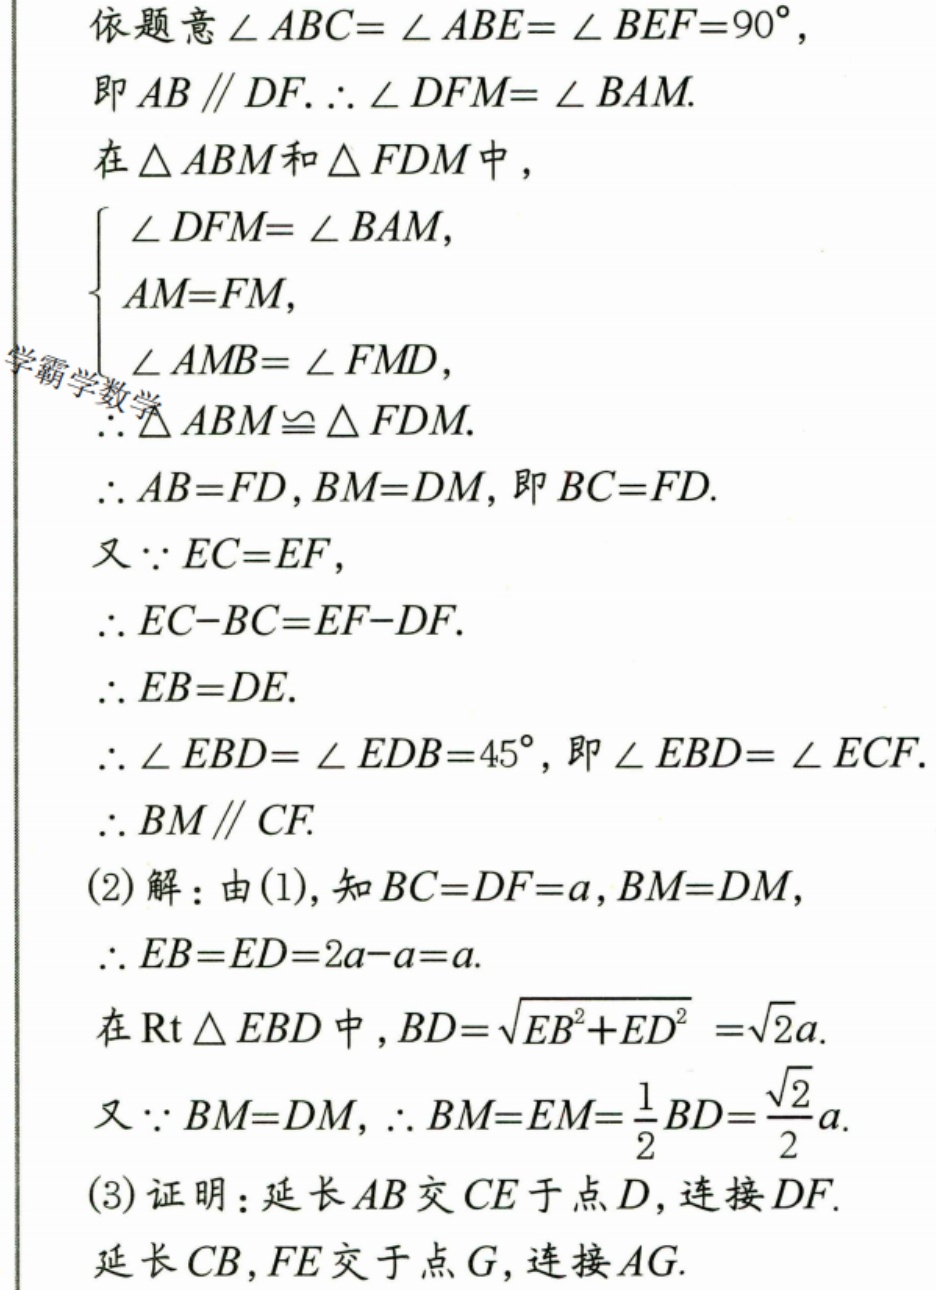
依题意\(\angle ABC = \angle ABE=\angle BEF = 90^{\circ}\)，
即 \(AB\parallel DF.\therefore\angle DFM=\angle BAM\).
在\(\triangle ABM\)和\(\triangle FDM\)中，
\(\begin{cases}\angle DFM=\angle BAM,\\AM = FM,\\\angle AMB=\angle FMD,\end{cases}\)
\(\therefore\triangle ABM\cong\triangle FDM\).
\(\therefore AB = FD,BM = DM\)，即 \(BC = FD\).
又\(\because EC = EF\)，
\(\therefore EC - BC=EF - DF\).
\(\therefore EB = DE\).
\(\therefore\angle EBD=\angle EDB = 45^{\circ}\)，即\(\angle EBD=\angle ECF\).
\(\therefore BM\parallel CF\).
(2)解：由(1)，知 \(BC = DF = a,BM = DM\)，
\(\therefore EB=ED = 2a - a=a\).
在\(\text{Rt}\triangle EBD\)中，\(BD=\sqrt{EB^{2}+ED^{2}}=\sqrt{2}a\).
又\(\because BM = DM\)，\(\therefore BM = EM=\frac{1}{2}BD=\frac{\sqrt{2}}{2}a\).
(3)证明：延长 \(AB\) 交 \(CE\) 于点 \(D\)，连接 \(DF\).
延长 \(CB\)，\(FE\) 交于点 \(G\)，连接 \(AG\).